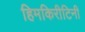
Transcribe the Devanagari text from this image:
हिमकिरीटिनी